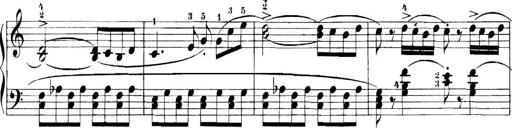
Title: 11 Sonatinas
Composer: Anton Diabelli